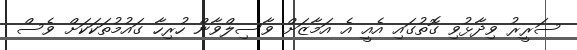
ސަރީރު ވިދާޅުވި ގޮތުގައި އެއީ އެ އަމާޒަށް ވާސިލްވާން ހުރިހާ ގައުމުތަކަކަށް ވެސް